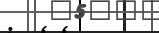
: